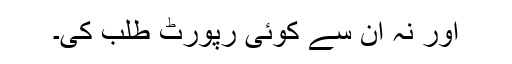
اور نہ ان سے کوئی رپورٹ طلب کی۔